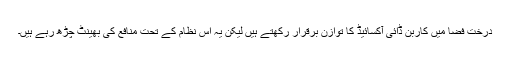
درخت فضا میں کاربن ڈائی آکسائیڈ کا توازن برقرار رکھتے ہیں لیکن یہ اس نظام کے تحت منافع کی بھینٹ چڑھ رہے ہیں۔